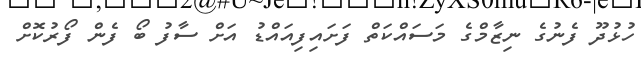
ހުޅުދޫ ފެނުގެ ނިޒާމްގެ މަސައްކަތް ފަށައިފިއައްޑު އަށް ސާފު ބޯ ފެން ފޯރުކޮށް